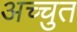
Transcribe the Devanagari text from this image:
अच्चुत